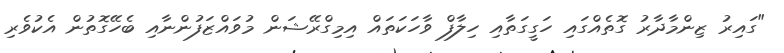
"ގައިރު ޒިންމާދާރު ގޮތެއްގައި ހަގީގަތާއި ހިލާފް ވާހަކަތައް އިމިގްރޭޝަން މުވައްޒަފުންނާއި ބެހޭގޮތުން އެކުވެރި